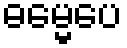
ဓမ္မေပေ